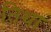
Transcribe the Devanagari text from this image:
तिथा